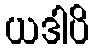
ယဒါပိ